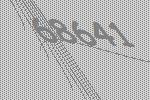
68641